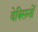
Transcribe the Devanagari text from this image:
वेक्सिनों